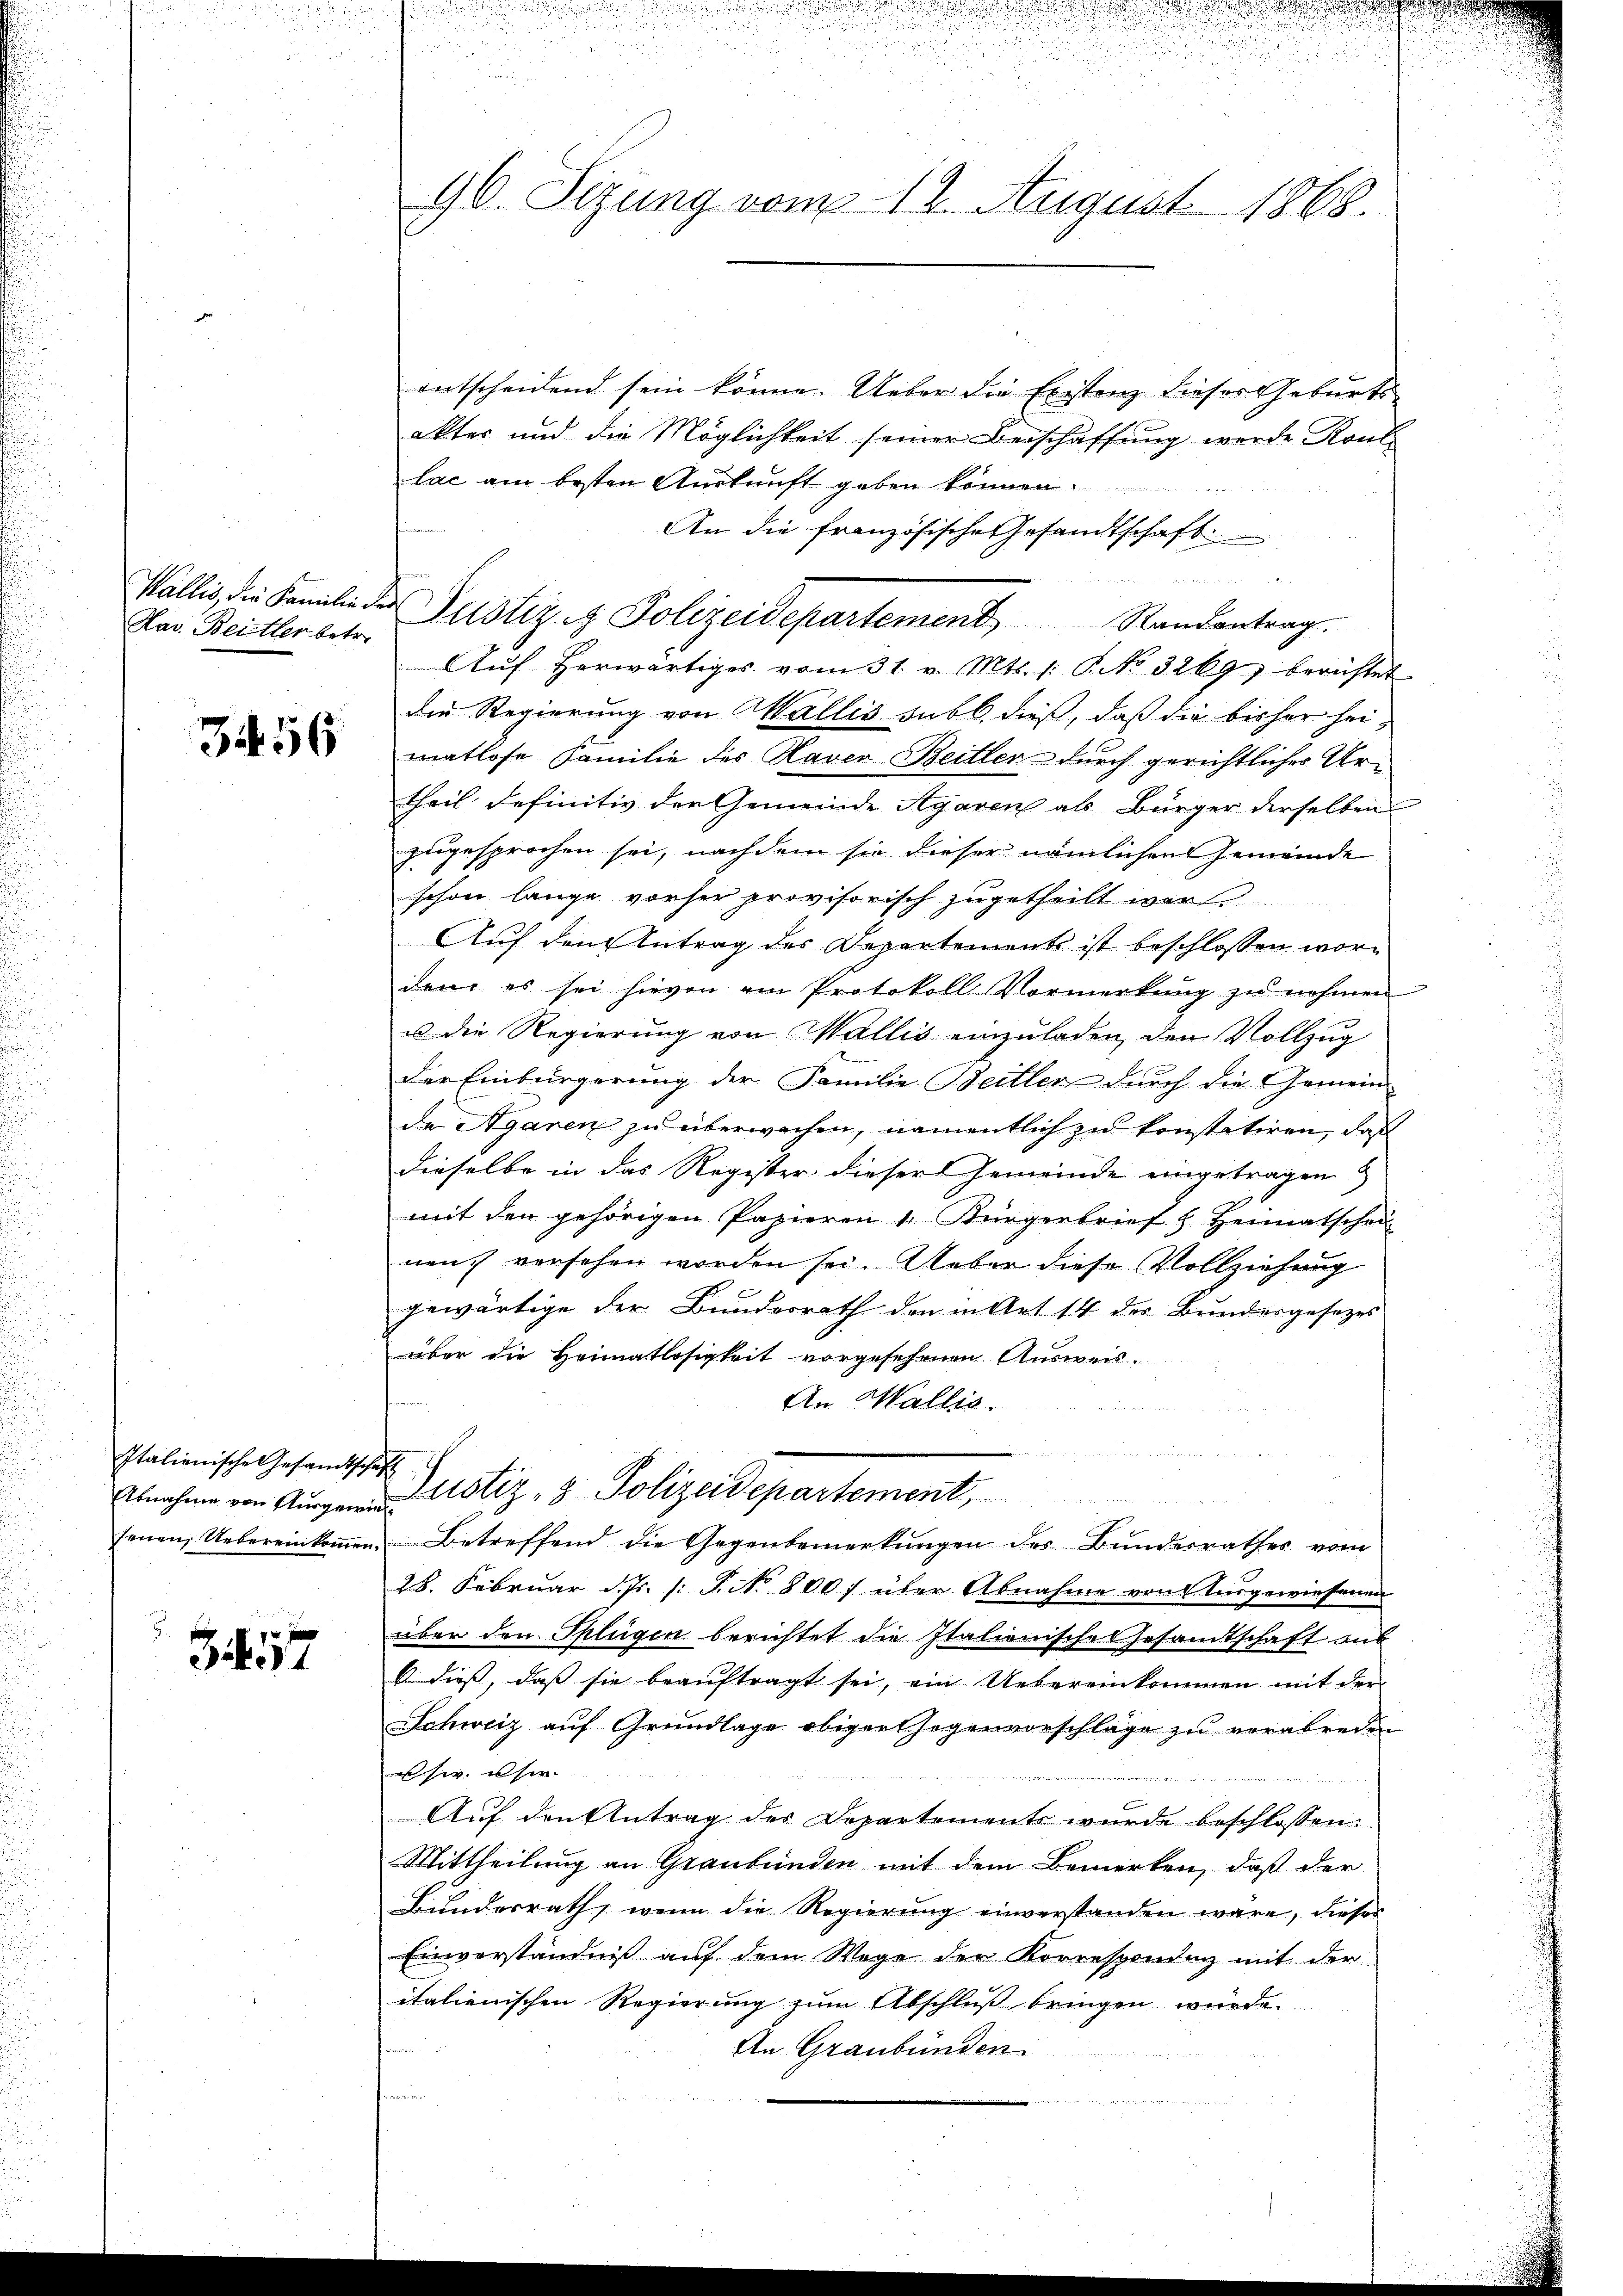
Hav. Beitler betre

3456

Italienische Gesandtschaft
Abnahme von Ausgewi

Zif. 57

90. Sitzung vom 12. August 1868.

entscheidend sein könne. Ueber die Existenz dieser Geburtsakter und die Möglichkeit seiner Beschaffung werde Rout
lac am besten Auskunft geben können.
An die französische Gesandtschaft

Aŭf herwärtiges vom 31. v. Mts. 1: P. No 3269) berichtet
die Regierung von Wallis subb. dieß, daß die bisher seimatlose Familie des Haver Beitler durch gerichtlicher Ur-
theil definitiv der Gemeinde Agaren als Bürger derselben
zugesprochen sei, nachdem sie dieser nämlichen Gemeinde
schon lange vorher provisorisch zugetheilt war
Auf den Antrag des Departements ist beschlossen worden, es sei hievon am Protokoll Vormerkŭng zŭ nehmen
u die Regierung von Wallis einzuladen, den Vollzug
der Einbürgerung der Familie Beiller durch die Gemein-
de Agaren zu überwachen, namentlich zu konstatiren, daß
dieselbe in das Register dieser Gemeinde eingetragen &
mit den gehörigen Papieren 1 Bürgerbrief h Heimatschei
nen, versehen worden sei. Ueber diese Vollziehung
gewärtige der Bundesrath den in Art 14 des Bundesgesezes
über die Heimatlosigkeit vorgesehenen Ausweis-
An Wallis.
Justiz, 8 Polizeidepartement,
senen Uebereinkoṁen. Betreffend die Gegenbemerkŭngen der Bunderrathes vom
28. Februar d. Js. [: P. No 800 f über Abnahme von Ausgewiesenen
über den Splügen berichtet die Italienisches Gesamtschaft aus
6 dies, dass sie beauftragt sei, ein Uebereinkommen mit der
Schweiz aŭf Grundlage obiger Gegenvorschläge zŭ verabreden
sw. user
Auf den Antrag des Departements wurde beschlossen:
Mittheilung an Graubünden mit dem Bemerken, daß der
Bunderrath, wenn die Regierung einverstanden wäre, dieses
Einverständniß auf dem Wege der Korresponden mit der
italienischen Regierung zum Abschluß bringen würde.
An Graubünden

Wallis, die Familie der Justiz & Polizeidepartement Randantrag.

g